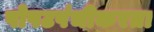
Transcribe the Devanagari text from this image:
पोपटपंचीकरता